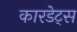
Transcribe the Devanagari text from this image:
कारडेट्स